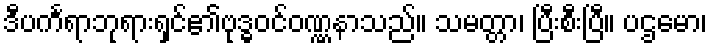
ဒီပင်္ကရာဘုရားရှင်၏ဗုဒ္ဓဝင်ဝဏ္ဏနာသည်။ သမတ္တာ၊ ပြီးစီးပြီ။ ပဌမော၊